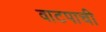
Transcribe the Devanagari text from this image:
वाटपाची